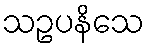
သဥပနိသေ